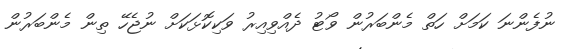
ނުފެންނަ ކަމަށް ހަތް މެންބަރުން ވޯޓު ދެއްވިއިރު ވަކިކޮޅަކަށް ނުޖެހޭ ތިން މެންބަރުން